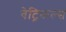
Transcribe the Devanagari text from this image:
वेट्रिकल्स